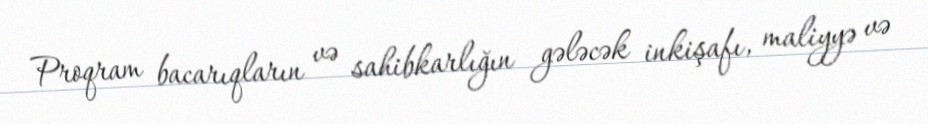
Proqram bacarıqların və sahibkarlığın gələcək inkişafı, maliyyə və